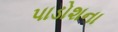
પાડોશના